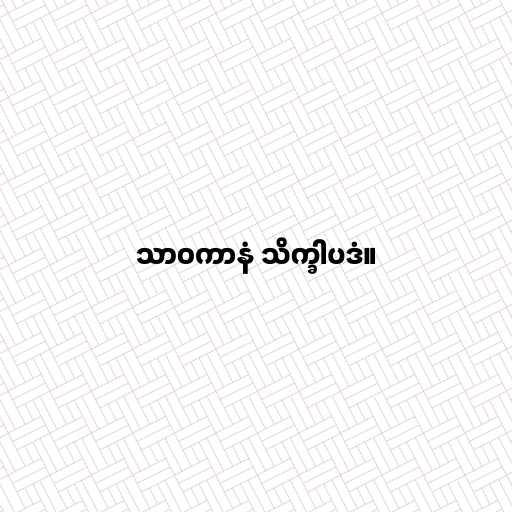
သာဝကာနံ သိက္ခါပဒံ။